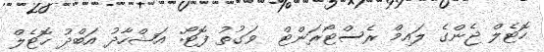
ހޮޓެލް ޖެންގެ ލައިމް ރެސްޓޯރަންޓް  ވަގުތު ފޮޓޯ: އަޝްހާދު އަބްދު ހޮޓެލް